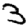
Digit: 3